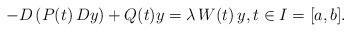
LaTeX: \begin{align*}-D\left ( P(t)\,D y\right ) + Q(t)y = \lambda\, W(t)\, y,t\in I=[a,b].\end{align*}